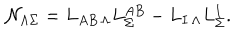
LaTeX: { \cal N } _ { \Lambda \Sigma } = L _ { A B \, \Lambda } L _ { \Sigma } ^ { A B } - L _ { I \, \Lambda } L _ { \Sigma } ^ { I } .